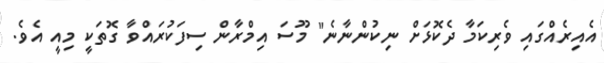
އެއިރެއްގައި ވެރިކަމާ ދެކޮޅަށް ނިކުންނާނެ" މޫސަ އިމްރާން ސިފަކުރައްވާ ގޮތަކީ މިއީ އެވެ.